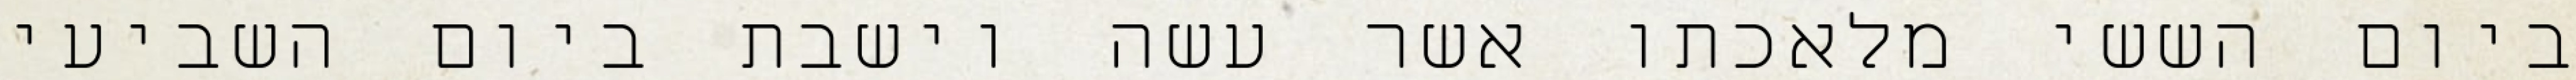
ביום הששי מלאכתו אשר עשה וישבת ביום השביעי